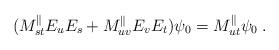
LaTeX: \begin{align*}(M_{st}^{\parallel}E_uE_s+M_{uv}^{\parallel}E_vE_t)\psi_0=M_{ut}^{\parallel}\psi_0\;.\end{align*}